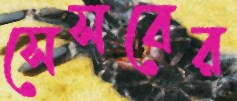
সেসবের